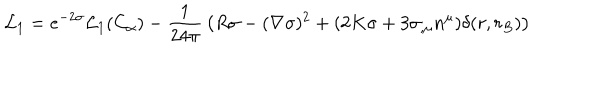
{ \cal L } _ { 1 } = e ^ { - 2 \sigma } { \cal L } _ { 1 } ( C _ { \alpha } ) - { \frac { 1 } { 2 4 \pi } } \left( R \sigma - ( \nabla \sigma ) ^ { 2 } + ( 2 K \sigma + 3 \sigma _ { , \mu } n ^ { \mu } ) \delta ( r , r _ { B } ) \right)